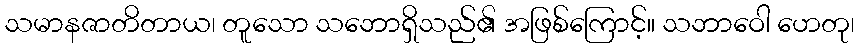
သမာနဇာတိတာယ၊ တူသော သဘောရှိသည်၏ အဖြစ်ကြောင့်။ သဘာဝေါ ဟေတု၊